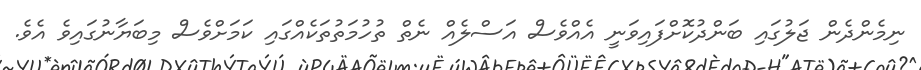
ނިމެންދެން ޖަލުގައި ބަންދުކޮށްފައިވަނީ އެއްވެސް އަސްލެއް ނެތް ތުުހުމަތުތަކެެއްގައި ކަމަށްވެސް މިބަޔާނުގައިވެ އެވެ.